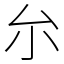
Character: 厼